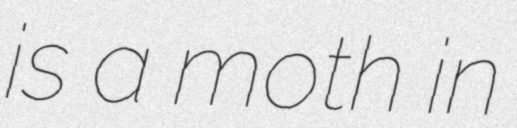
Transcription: is a moth in